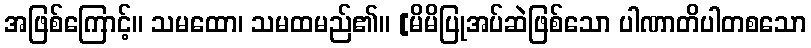
အဖြစ်ကြောင့်။ သမထော၊ သမထမည်၏။ [မိမိပြုအပ်ဆဲဖြစ်သော ပါဏာတိပါတစသော